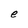
Character: e